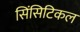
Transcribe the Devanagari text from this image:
सिंसिटिकल